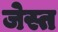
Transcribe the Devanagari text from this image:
जेस्त